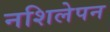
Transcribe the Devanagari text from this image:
नशिलेपन